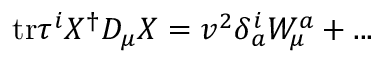
\mathrm { t r } \tau ^ { i } X ^ { \dagger } D _ { \mu } X = v ^ { 2 } \delta _ { a } ^ { i } W _ { \mu } ^ { a } + . . .